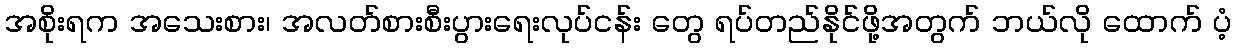
အစိုးရက အသေးစား၊ အလတ်စားစီးပွားရေးလုပ်ငန်း တွေ ရပ်တည်နိုင်ဖို့အတွက် ဘယ်လို ထောက် ပံ့